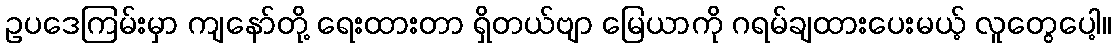
ဥပဒေကြမ်းမှာ ကျနော်တို့ ရေးထားတာ ရှိတယ်ဗျာ မြေယာကို ဂရမ်ချထားပေးမယ့် လူတွေပေါ့။